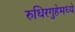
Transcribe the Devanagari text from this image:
रुधिरगुहेमध्ये